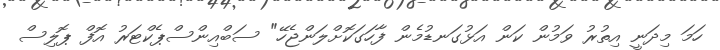
ހަމަ މިދަނީ އިތުރު ވަމުން ކަން އަޅުގަނޑުމެން ފާހަގަކޮށްލަންޖެހޭ" ސަބްއިންސްޕެކްޓަރު އޮފް ޕޮލިސް